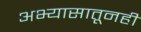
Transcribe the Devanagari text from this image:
अभ्यासातूनही